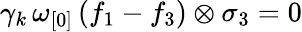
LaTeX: \gamma_{k}\, \omega_{[0]}\, (f_{1}-f_{3})\otimes\sigma_{3}=0